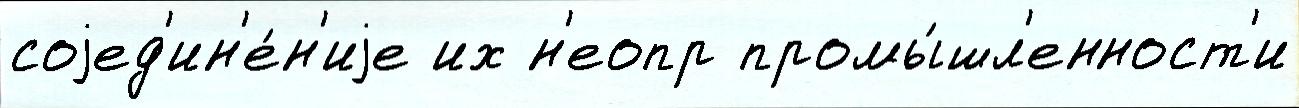
соjед'ин'е́н'иjе их н'еопр промы́шл'енност'и